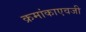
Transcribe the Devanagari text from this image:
क्रमांकाएवजी